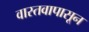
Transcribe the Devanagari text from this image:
वास्तवापासून